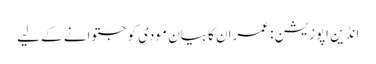
انڈین اپوزیشن: عمران کا بیان مودی کو جتوانے کے لیے